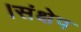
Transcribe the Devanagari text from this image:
।संक्षेप